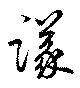
議